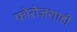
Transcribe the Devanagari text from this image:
फ़ोरोज़शाही